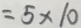
= 5 \times 1 0